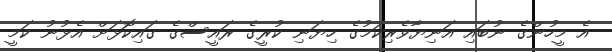
އެ މީހުންގެ ނުބައި އަނިޔާވެރިކަމުގެ ހިޔަނި ކުރީގެ ރައީސްގެ ގައިކޮޅަށް އެޅުނު ކަމީ